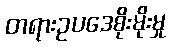
တရားဥပဒေစိုးမိုးမှု